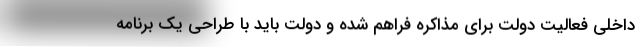
داخلی فعالیت دولت برای مذاکره فراهم شده و دولت باید با طراحی یک برنامه